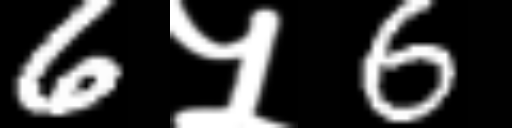
Text: 6५6